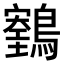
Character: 𪆕